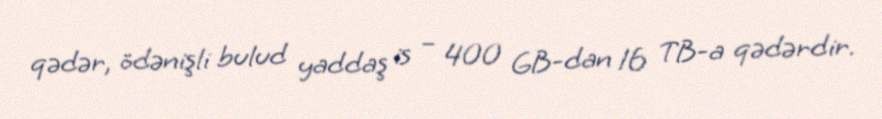
qədər, ödənişli bulud yaddaş is – 400 GB-dan 16 TB-a qədərdir.